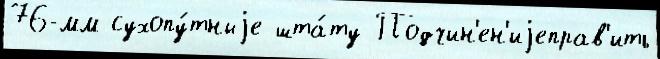
76-мм сухопу́тныjе шта́ту Подчин'ен'иjеправ'ить